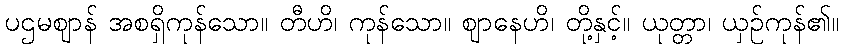
ပဌမဈာန် အစရှိကုန်သော။ တီဟိ၊ ကုန်သော။ ဈာနေဟိ၊ တို့နှင့်။ ယုတ္တာ၊ ယှဉ်ကုန်၏။